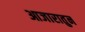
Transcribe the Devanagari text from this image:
आजारातुन